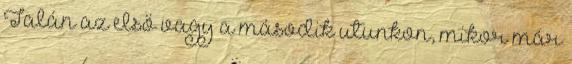
Talán az első vagy a második utunkon, mikor már